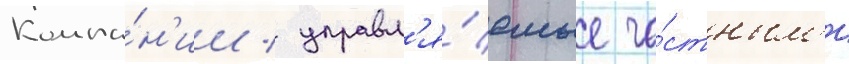
Компа́н'ии / управл'я́емые ча́стным'и